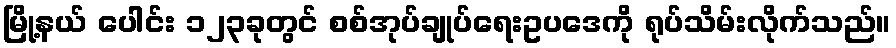
မြို့နယ် ပေါင်း ၁၂၃ခုတွင် စစ်အုပ်ချုပ်ရေးဥပဒေကို ရုပ်သိမ်းလိုက်သည်။